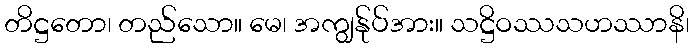
တိဋ္ဌတော၊ တည်သော။ မေ၊ အကျွန်ုပ်အား။ သဋ္ဌိဝဿသဟဿာနိ၊